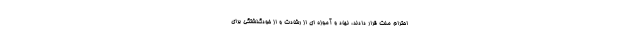
احترام ملت قرار دادند، نهاد و آموزه ای از رشادت و از خودگذشتگی برای